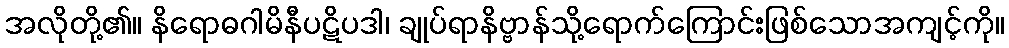
အလိုတို့၏။ နိရောဓဂါမိနီပဋိပဒါ၊ ချုပ်ရာနိဗ္ဗာန်သို့ရောက်ကြောင်းဖြစ်သောအကျင့်ကို။